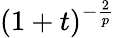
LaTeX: (1+t)^{-\frac{2}{p}}